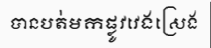
បានបត់មកផ្លូវវេងស្រេង